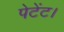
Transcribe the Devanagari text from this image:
पेटेंट।